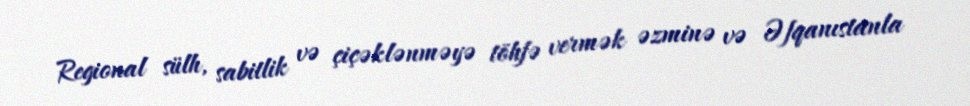
Regional sülh, sabitlik və çiçəklənməyə töhfə vermək əzminə və Əfqanıstanla